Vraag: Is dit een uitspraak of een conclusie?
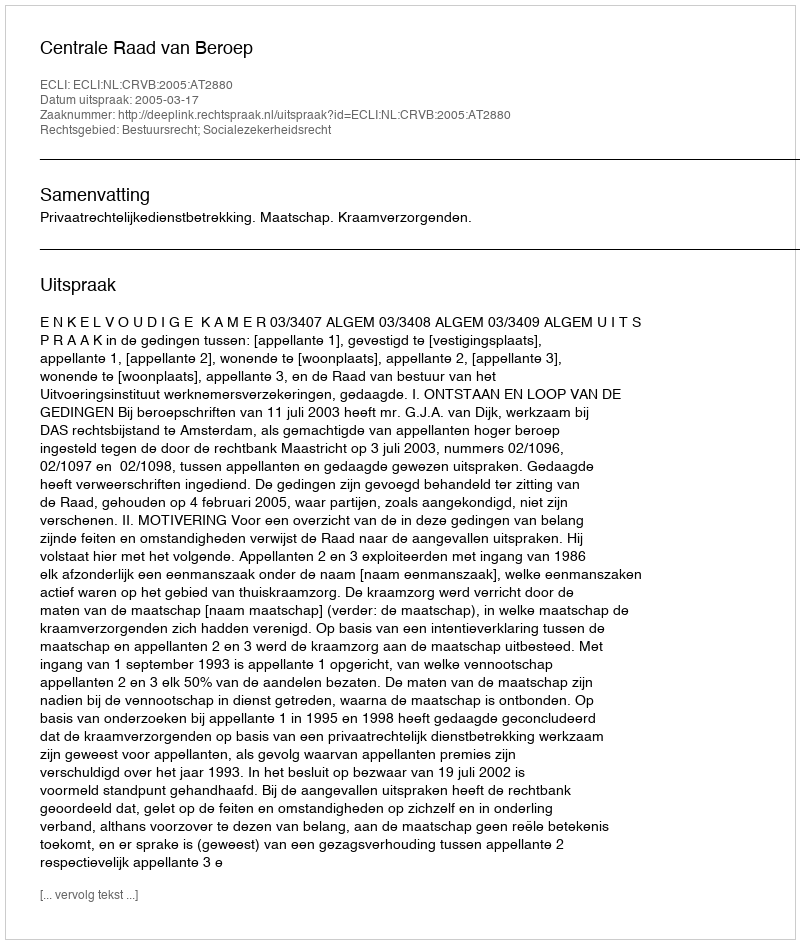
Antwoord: Uitspraak